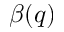
\beta ( q )